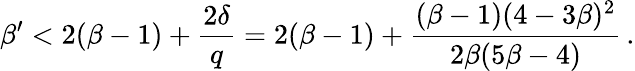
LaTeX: \beta^{\prime}<2(\beta-1)+\frac{2\delta}{q}=2(\beta-1)+\frac{(\beta-1)(4-3\beta)^{2}}{2\beta(5\beta-4)}\, .